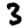
Digit: 3